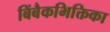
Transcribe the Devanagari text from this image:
बिंबैकभिक्तिका